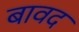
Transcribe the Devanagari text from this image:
बावद